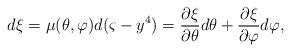
LaTeX: \begin{align*}d\xi =\mu (\theta ,\varphi )d(\varsigma -y^4)=\frac{\partial \xi }{\partial\theta }d\theta +\frac{\partial \xi }{\partial \varphi }d\varphi ,\end{align*}